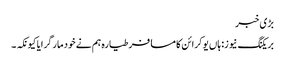
بڑی خبر
بریکنگ نیوز: ہاں یوکرائن کا مسافر طیارہ ہم نے خود مار گرایا کیونکہ ۔